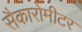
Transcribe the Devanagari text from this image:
सैकारोमीटर